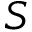
S